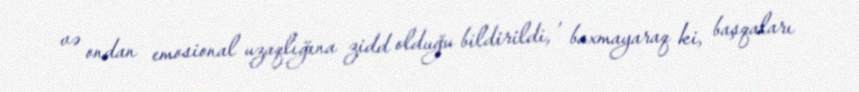
və ondan emosional uzaqlığına zidd olduğu bildirildi, , baxmayaraq ki, başqaları